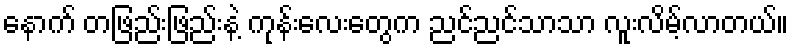
နောက် တဖြည်းဖြည်းနဲ့ ကုန်းလေးတွေက ညင်ညင်သာသာ လူးလိမ့်လာတယ်။